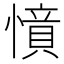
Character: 𢡝